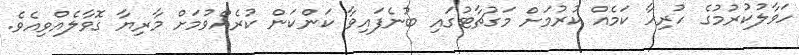
ހަވާލުކުރުމުގެ ހުރިހާ ކަމެއް ކުރުމަށް މަގުޗާޓުގައި ބުނެފައިވާ ކަންކަން ކުރެއްވުމަށް މާރިޔާ ގޮވާލެއްވިއެވެ.